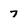
Character: 7